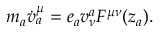
m _ { a } { \dot { v } } _ { a } ^ { \mu } = e _ { a } { v } _ { \nu } ^ { a } F ^ { \mu \nu } ( z _ { a } ) .